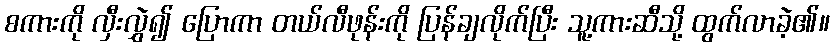
စကားကို လှီးလွှဲ၍ ပြောကာ တယ်လီဖုန်းကို ပြန်ချလိုက်ပြီး သူ့ကားဆီသို့ ထွက်လာခဲ့၏။